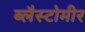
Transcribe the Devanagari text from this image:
ब्लैस्टोमीर